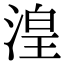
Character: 湟